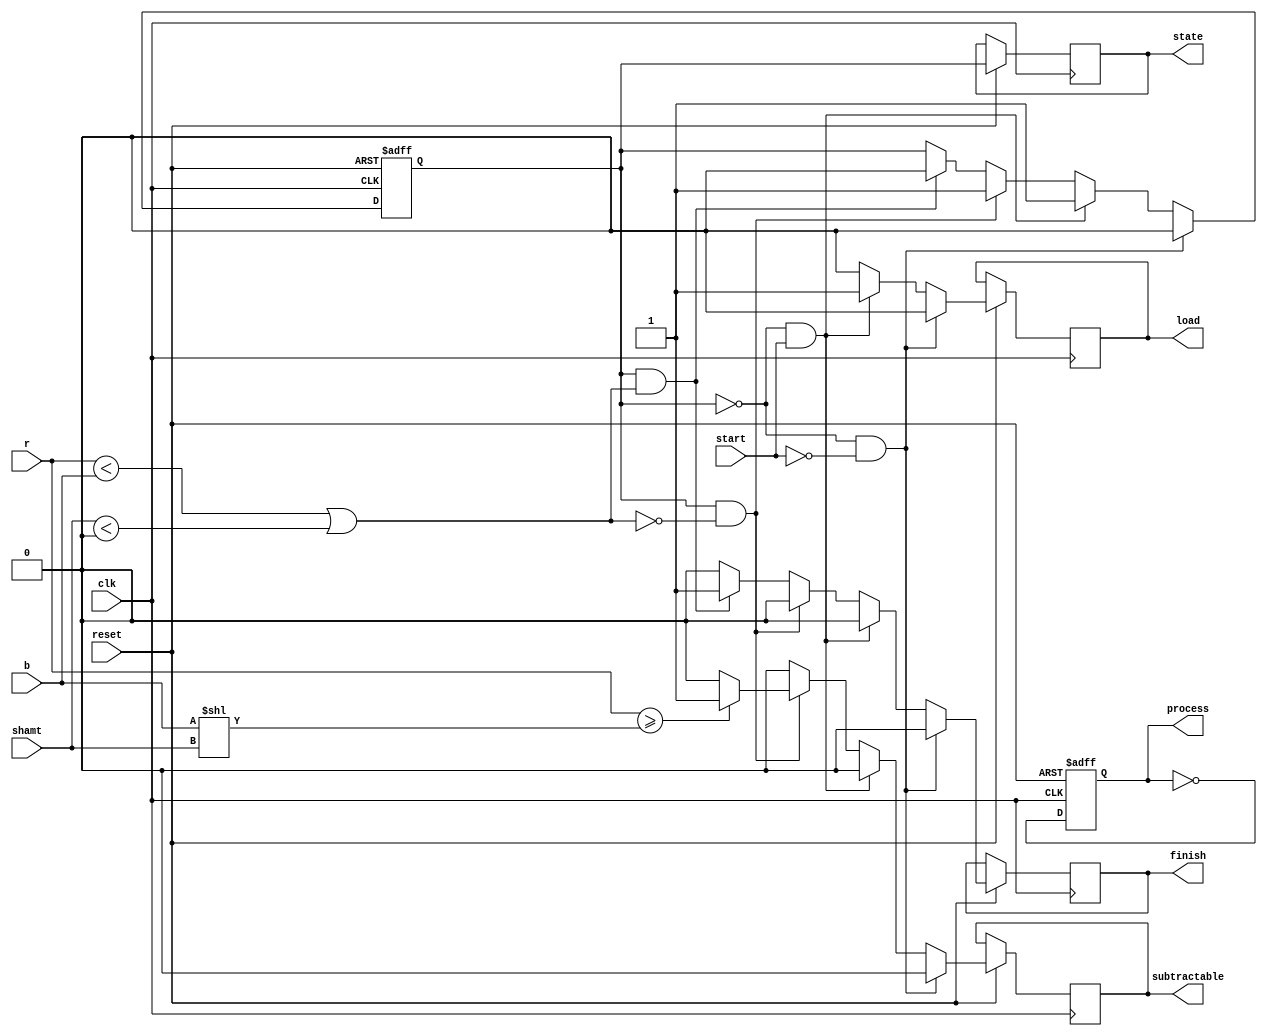
`define Init 1'b0
`define Process 1'b1

module cu (clk, reset, start, r, b, shamt, process, state, load, subtractable, finish);

    // operands size
    parameter N = 8;

    input clk;
    input reset;
	input start;
    input [N-1:0] r;
    input [N-1:0] b;
    input signed [N-1:0] shamt;
    output reg process;
    output reg state;
    output reg load;
    output reg subtractable;
    output reg finish;

    reg next_state;
	
    always @(posedge clk or negedge reset) begin
        if (!reset) begin
            next_state = `Init;
            process = 0;
        end else begin
            state = next_state;
            load = 0;
            subtractable = 0;
            finish = 0;
            if (state == `Init && start == 0) begin
                next_state = `Init;
            end else if (state == `Init && start == 1) begin
                next_state = `Process;
                load = 1;
            end else if (state == `Process && !(r < b || shamt < 0)) begin
                next_state = `Process;
                if (r >= (b << shamt)) begin
                    subtractable = 1;
                end else begin
                    subtractable = 0;
                end
            end else if (state == `Process && (r < b || shamt < 0)) begin
                next_state = `Init;
                finish = 1;
            end
            process = ~process;
        end
    end
	
endmodule